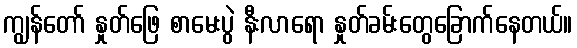
ကျွန်တော် နှုတ်ဖြေ စာမေးပွဲ နီးလာရော နှုတ်ခမ်းတွေခြောက်နေတယ်။